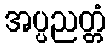
အပ္ပညတ္တံ